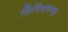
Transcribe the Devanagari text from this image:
विपिनचन्द्र